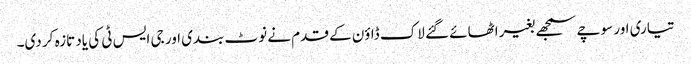
تیاری اور سوچے سمجھے بغیر اٹھائے گئے لاک ڈاؤن کے قدم نے نوٹ بندی اور جی ایس ٹی کی یاد تازہ کر دی۔